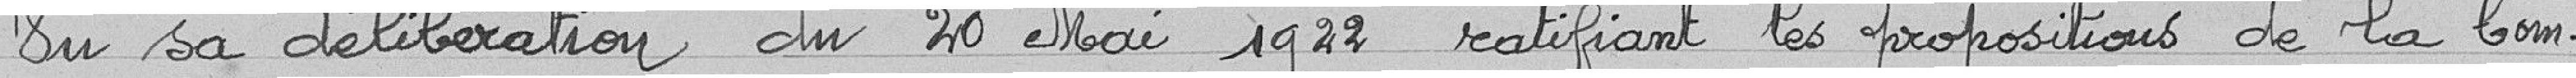
Vu sa délibération du 20 mai 1922 ratifiant les propositions de la Com-